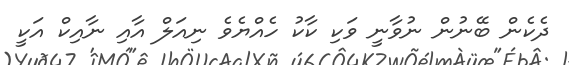
ދެކެން ބޭނުން ނުވާނީ ވަކި ކާކު ހެއްޔެވެ ނިއަލް އާއި ނާއިކް އަކީ